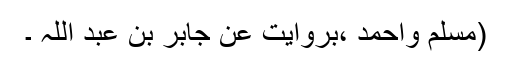
(مسلم واحمد ،بروایت عن جابر بن عبد اللّٰہ ؓ۔